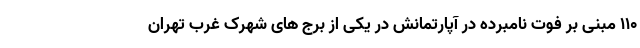
110 مبنی بر فوت نامبرده در آپارتمانش در یکی از برج های شهرک غرب تهران